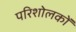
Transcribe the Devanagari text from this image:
परिशोलकों